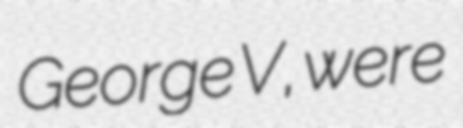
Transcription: George V, were